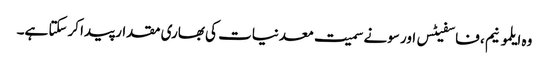
وہ ایلمونیم ، فاسفیٹس اور سونے سمیت معدنیات کی بھاری مقدار پیدا کرسکتا ہے۔